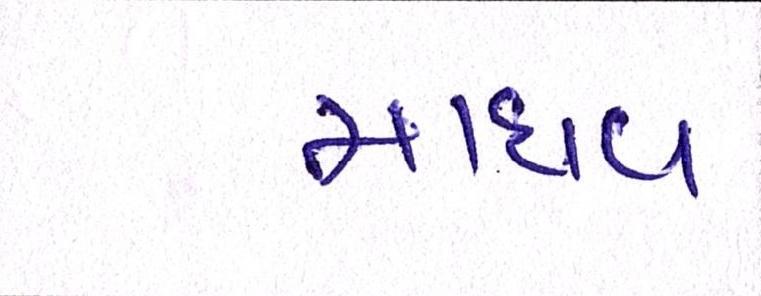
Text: માધવ